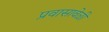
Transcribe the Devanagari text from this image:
प्रवासावेळी